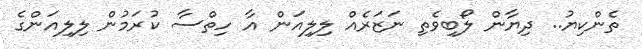
ތެންކިޔު.. ދިޔާން ލޯބިވެތި ނަޒަރެއް ލިލިއަން އާ ހިތްސާ ކުރަމުން ލިލިއަންގެ